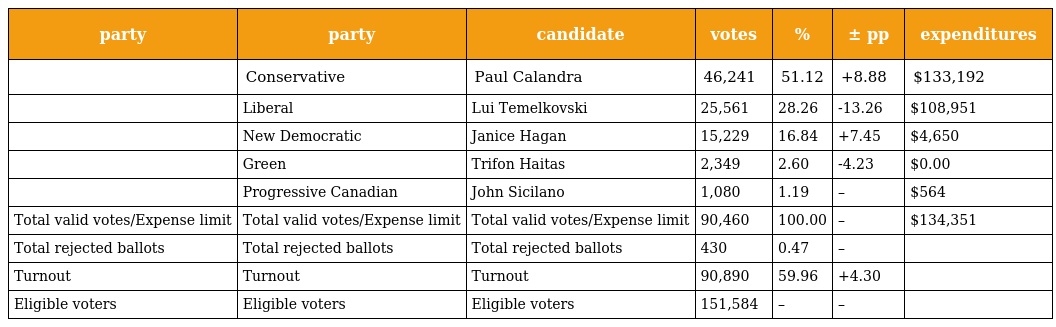
| party | party | candidate | votes | % | ± pp | expenditures |
 | --- | --- | --- | --- | --- | --- | --- |
 |  | Conservative | Paul Calandra | 46,241 | 51.12 | +8.88 | $133,192 |
 |  | Liberal | Lui Temelkovski | 25,561 | 28.26 | -13.26 | $108,951 |
 |  | New Democratic | Janice Hagan | 15,229 | 16.84 | +7.45 | $4,650 |
 |  | Green | Trifon Haitas | 2,349 | 2.60 | -4.23 | $0.00 |
 |  | Progressive Canadian | John Sicilano | 1,080 | 1.19 | – | $564 |
 | Total valid votes/Expense limit | Total valid votes/Expense limit | Total valid votes/Expense limit | 90,460 | 100.00 | – | $134,351 |
 | Total rejected ballots | Total rejected ballots | Total rejected ballots | 430 | 0.47 | – |  |
 | Turnout | Turnout | Turnout | 90,890 | 59.96 | +4.30 |  |
 | Eligible voters | Eligible voters | Eligible voters | 151,584 | – | – |  |